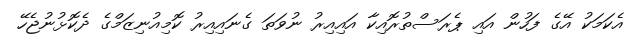
އެކަމަކު އޭގެ ފަހުން އައި ޕެރަސްތުރޮއިކާ އައިއިރު ނުވަތަ ގެނައިއިރު ކޮމިއުނިޒަމްގެ ދެކޮޅުނުޖެހޭ